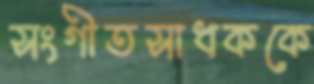
সংগীতসাধককে